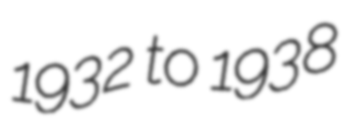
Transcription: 1932 to 1938